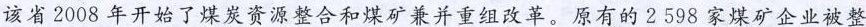
该省2008年开始了煤炭资源整合和煤矿兼并重组改革。原有的2598家煤矿企业被整